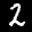
Label: 2